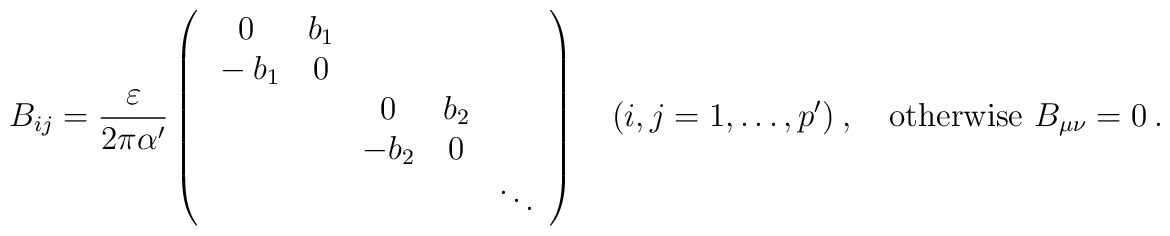
B_{ij}=\frac{\varepsilon}{2\pi\alpha^{\prime}}\left( \begin{array}{ccccc}  0&b_{1} & & & \\  {}-b_{1}&0& & & \\   & & 0 & b_{2}& \\   & & -b_{2} & 0 & \\   & & & & \ddots \end{array}\right)\quad (i,j=1,\ldots,p^{\prime})~,\quad\mbox{otherwise $B_{\mu\nu}=0$}~.